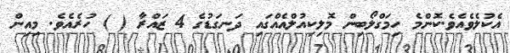
އެކުލެވެއެވެ.ކޮންމެ ހިމަގްލޯބިން މޮލިކިއުލްއެއްގައި ދަނގަޑުގެ 4 ޒައްރާ ( ) ހުރެއެވެ. މިއިން